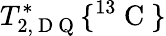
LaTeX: T_{2,\mathrm{~D~Q~}}^{*}\{ ^{13}\mathrm{~C~}\}